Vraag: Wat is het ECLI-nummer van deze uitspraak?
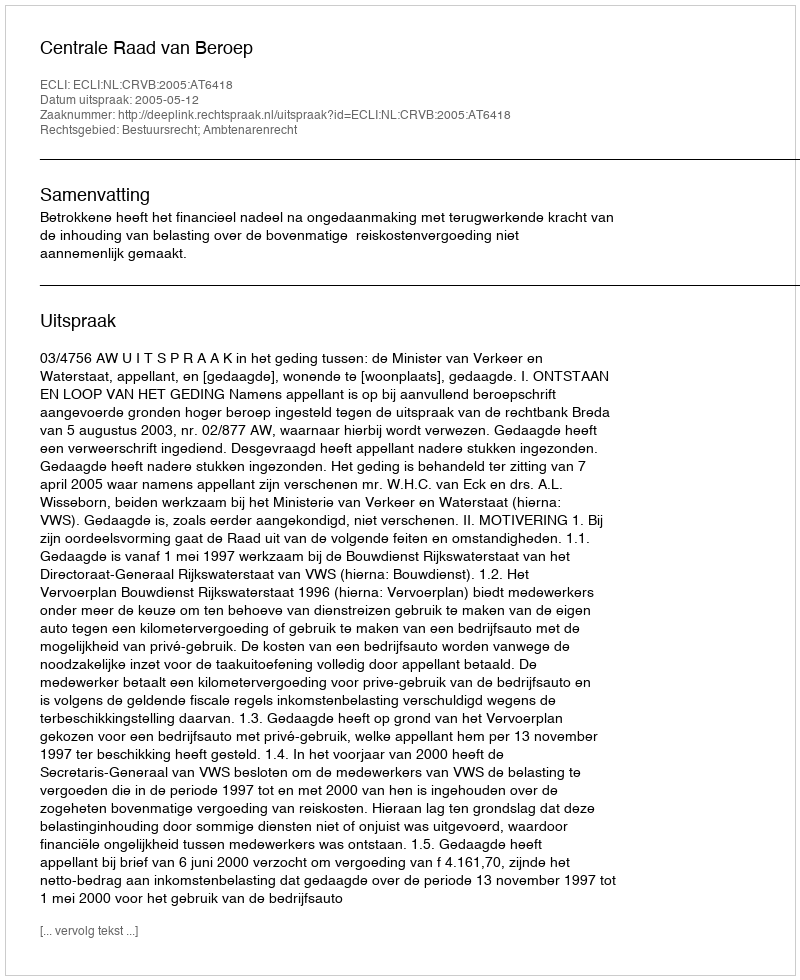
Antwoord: ECLI:NL:CRVB:2005:AT6418